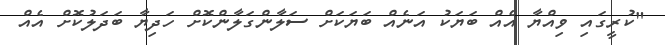
"ކުރީގައި ވިއްޔާ އެއް ބަޔަކު އަނެއް ބަޔަކަށް ސަލާންގަލާންކޮށް ހަދިޔާ ބަދަލުކޮށް އެއް